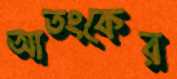
আতংকের